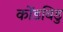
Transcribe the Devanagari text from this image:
कोंडविडु